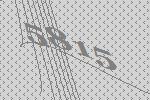
5815